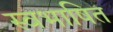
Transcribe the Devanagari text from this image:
स्वभाषित